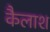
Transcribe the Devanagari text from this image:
कैलाश